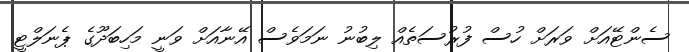
ސެންޓޭއަށް ވަރަށް ހުސް ފުރުސަތެއް ލިބުނު ނަމަވެސް އޭނާއަށް ވަނީ މަހިބަދޫގެ ޕެނަލްޓީ